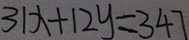
3 1 x + 1 2 y = 3 4 7